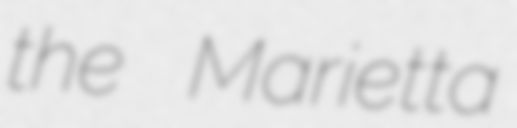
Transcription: the Marietta